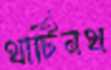
থার্টিনথ